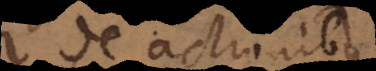
de actionibus